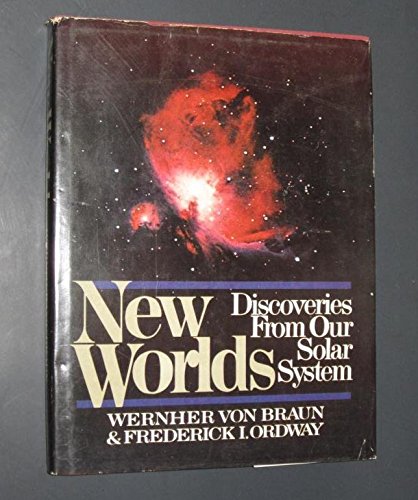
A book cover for New worlds: Discoveries from our solar system; Wernher Von Braun; Science & Math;